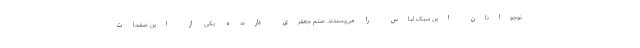
نوجوانان این سبک لباس را می‌پسندند. صنم جعفری دارنده یکی از این صفحات